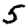
Digit: 5